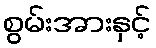
စွမ်းအားနှင့်